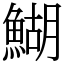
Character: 鰗